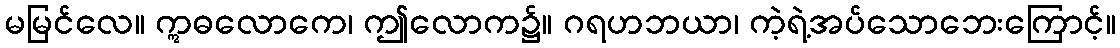
မမြင်လေ။ ဣဓလောကေ၊ ဤလောက၌။ ဂရဟဘယာ၊ ကဲ့ရဲ့အပ်သောဘေးကြောင့်။